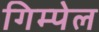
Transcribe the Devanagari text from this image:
गिम्पेल